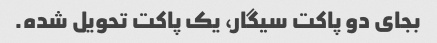
بجای دو پاکت سیگار، یک پاکت تحویل شده.